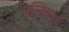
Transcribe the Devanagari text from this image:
एलिएड